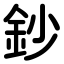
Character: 鈔